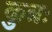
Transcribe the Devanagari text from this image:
कुत्रः